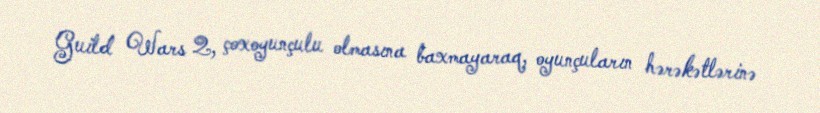
Guild Wars 2, çoxoyunçulu olmasına baxmayaraq, oyunçuların hərəkətlərinə